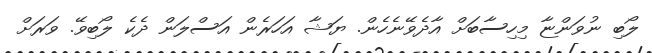
ލޯބި ނުވަންޏާ މިހިސާބަށް އާދެވޭނެހެން. ޔަޝާ އަހަރެން އަސްލަން ދެކެ ލޯބިވޭ. ވަރަށް